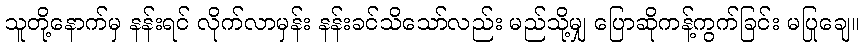
သူတို့နောက်မှ နန်းရင် လိုက်လာမှန်း နန်းခင်သိသော်လည်း မည်သို့မျှ ပြောဆိုကန့်ကွက်ခြင်း မပြုချေ။